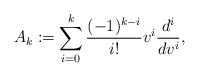
\begin{align*} A_k\coloneqq\sum_{i=0}^k\frac{(-1)^{k-i}}{i!}v^i\frac{d^i}{dv^i},\end{align*}